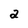
Character: a